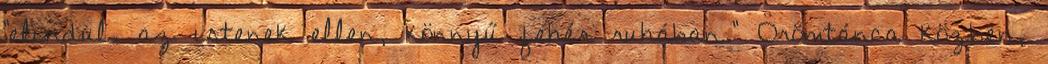
"elindul. az istenek ellen, könnyű fehér ruhában." Örömtánca közben,